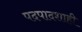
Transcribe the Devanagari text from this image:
पदपादशाही